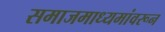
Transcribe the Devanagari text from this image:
समाजमाध्यमांवरून